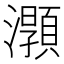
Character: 𤃑